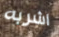
اشربه